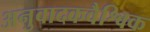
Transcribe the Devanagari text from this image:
अनुवादकवैश्विक